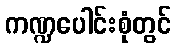
ကဏ္ဍပေါင်းစုံတွင်